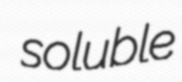
soluble